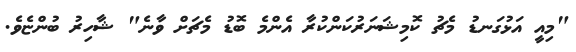
"މިއީ އަޅުގަނޑު މެޗު ކޮމިޝަނަރުކަންކުރާ އެންމެ ބޮޑު މެޗަށް ވާނެ" ޝާހިރު ބުންޏެވެ.